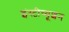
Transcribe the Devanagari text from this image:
इंस्टीच्यूशन